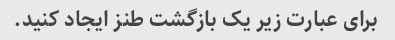
برای عبارت زیر یک بازگشت طنز ایجاد کنید.